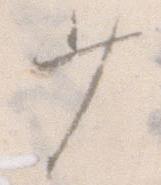
少